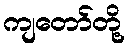
ကျတော်တို့